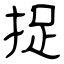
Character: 捉